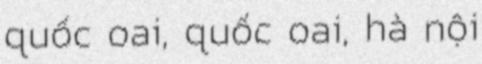
quốc oai, quốc oai, hà nội